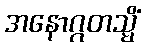
အနောဂ္ဂတသ္မိံ